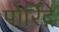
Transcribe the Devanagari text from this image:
पोर्रिद्गे